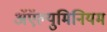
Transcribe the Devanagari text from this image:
अॅऍल्युमिनियम